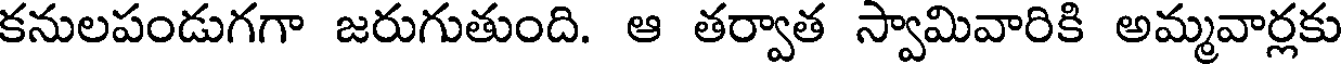
కనులపండుగగా జరుగుతుంది. ఆ తర్వాత స్వామివారికి అమ్మవార్లకు